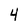
Character: 4